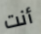
أنت